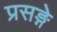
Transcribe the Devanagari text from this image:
प्रसङ्गे